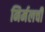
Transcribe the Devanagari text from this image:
निर्मलची